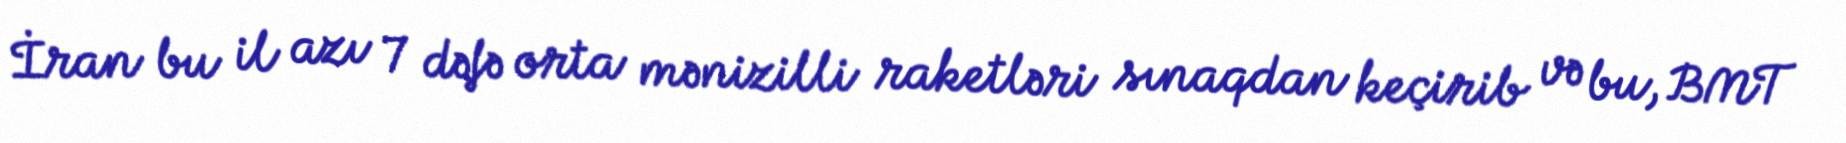
İran bu il azı 7 dəfə orta mənizilli raketləri sınaqdan keçirib və bu, BMT